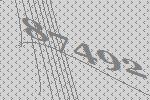
87492